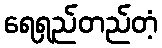
ရေရှည်တည်တံ့